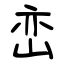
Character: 峦